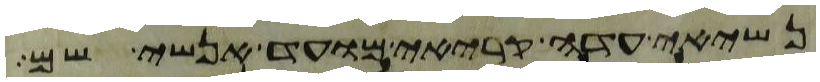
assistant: נשיאי עדה קריאי מועד אנשי שם